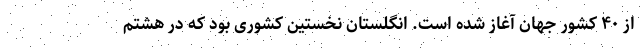
از ۴۰ کشور جهان آغاز شده است. انگلستان نخستین کشوری بود که در هشتم